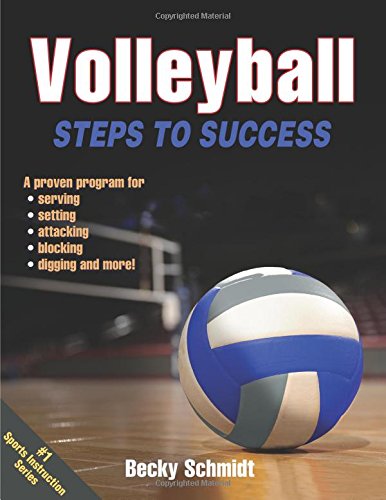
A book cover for Volleyball: Steps to Success; Becky Schmidt; Sports & Outdoors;